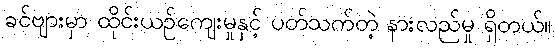
ခင်ဗျားမှာ ထိုင်းယဉ်ကျေးမှုနှင့် ပတ်သက်တဲ့ နားလည်မှု ရှိတယ်။